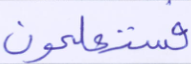
فستعلمون